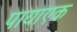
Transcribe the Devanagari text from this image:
पायाएक